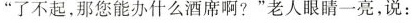
”了不起，那您能办什么酒席啊?”老人眼睛一亮，说：